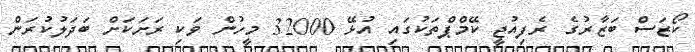
ކޯޒަސް ބަޒާރުގެ ރެފިއުޖީ ކޭމްޕްތަކުގައި އުޅޭ 32000 މީހުން ވަކި ރަށަކަށް ބަދަލުކުރަން